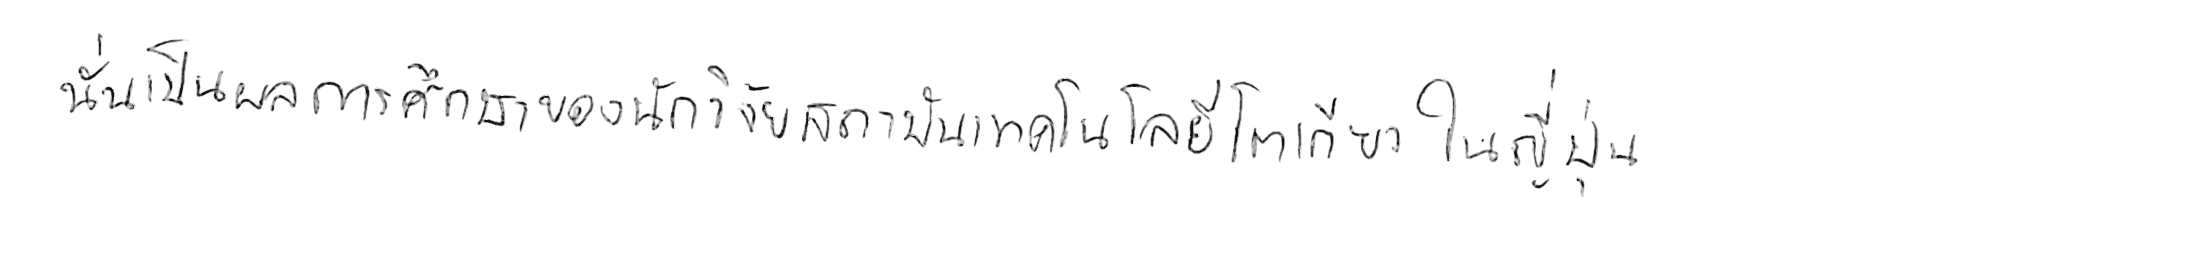
นั่นเป็นผลการศึกษาของนักวิจัยสถาบันเทคโนโลยีโตเกียว ในญี่ปุ่น